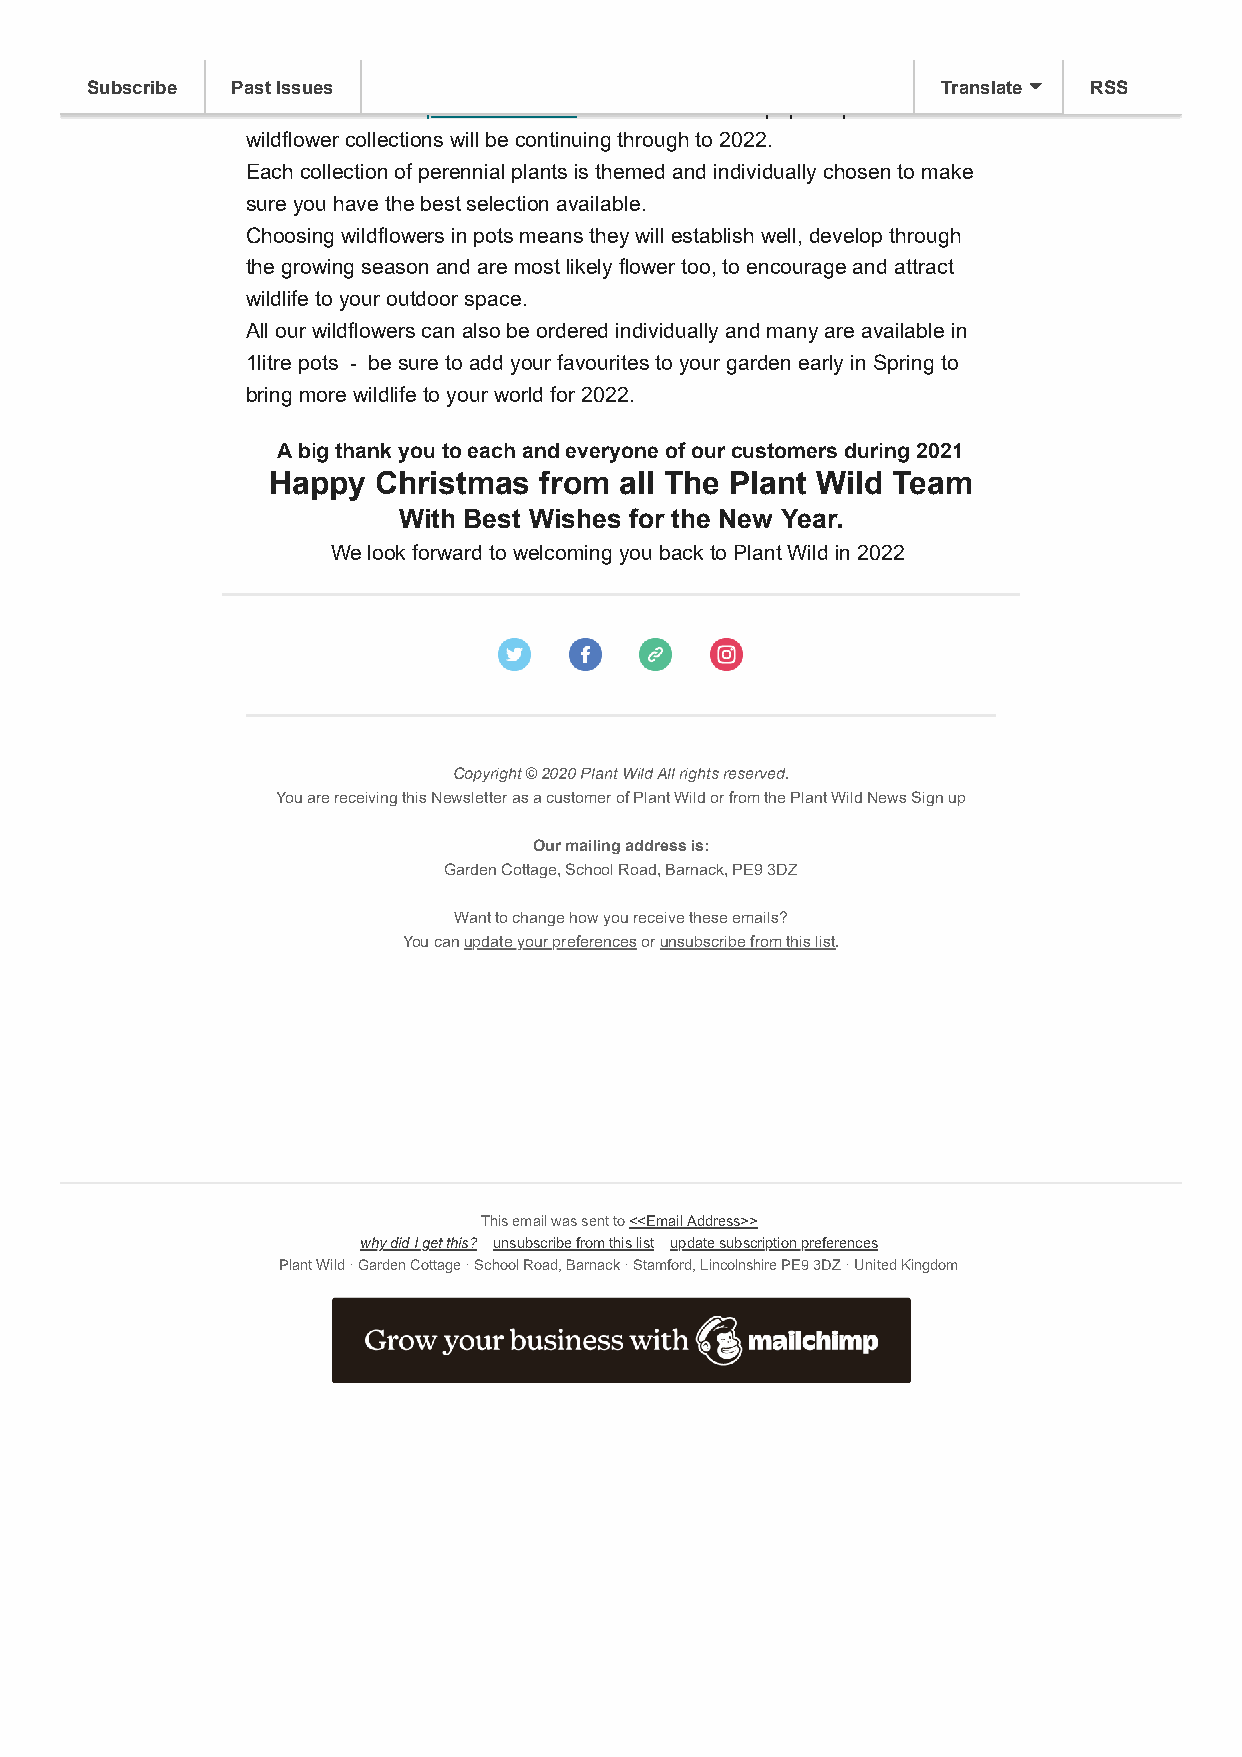
Subscribe Past Issues                                   Translate RSS
 We introduced our plant collections for 2021 and these popular peat free
 wildflower collections will be continuing through to 2022.
 Each collection of perennial plants is themed and individually chosen to make
 sure you have the best selection available.
 Choosing wildflowers in pots means they will establish well, develop through
 the growing season and are most likely flower too, to encourage and attract
 wildlife to your outdoor space.
 All our wildflowers can also be ordered individually and many are available in
 1litre pots - be sure to add your favourites to your garden early in Spring to
 bring more wildlife to your world for 2022.
 A big thank you to each and everyone of our customers during 2021
 Happy  Christmas  from all The Plant Wild Team
 With Best Wishes for the New Year.
 We look forward to welcoming you back to Plant Wild in 2022
 Copyright © 2020 Plant Wild All rights reserved.
 You are receiving this Newsletter as a customer of Plant Wild or from the Plant Wild News Sign up
 Our mailing address is:
 Garden Cottage, School Road, Barnack, PE9 3DZ
 Want to change how you receive these emails?
 You can update your preferences or unsubscribe from this list.
 This email was sent to <<Email Address>>
 why did I get this? unsubscribe from this list update subscription preferences
 Plant Wild · Garden Cottage · School Road, Barnack · Stamford, Lincolnshire PE9 3DZ · United Kingdom